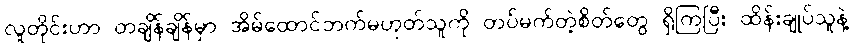
လူတိုင်းဟာ တချိန်ချိန်မှာ အိမ်ထောင်ဘက်မဟုတ်သူကို တပ်မက်တဲ့စိတ်တွေ ရှိကြပြီး ထိန်းချုပ်သူနဲ့